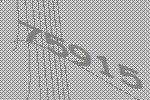
75915